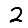
Digit: 2